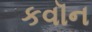
કવૉન